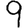
Digit: 9